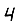
Digit: 4